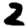
Digit: 2